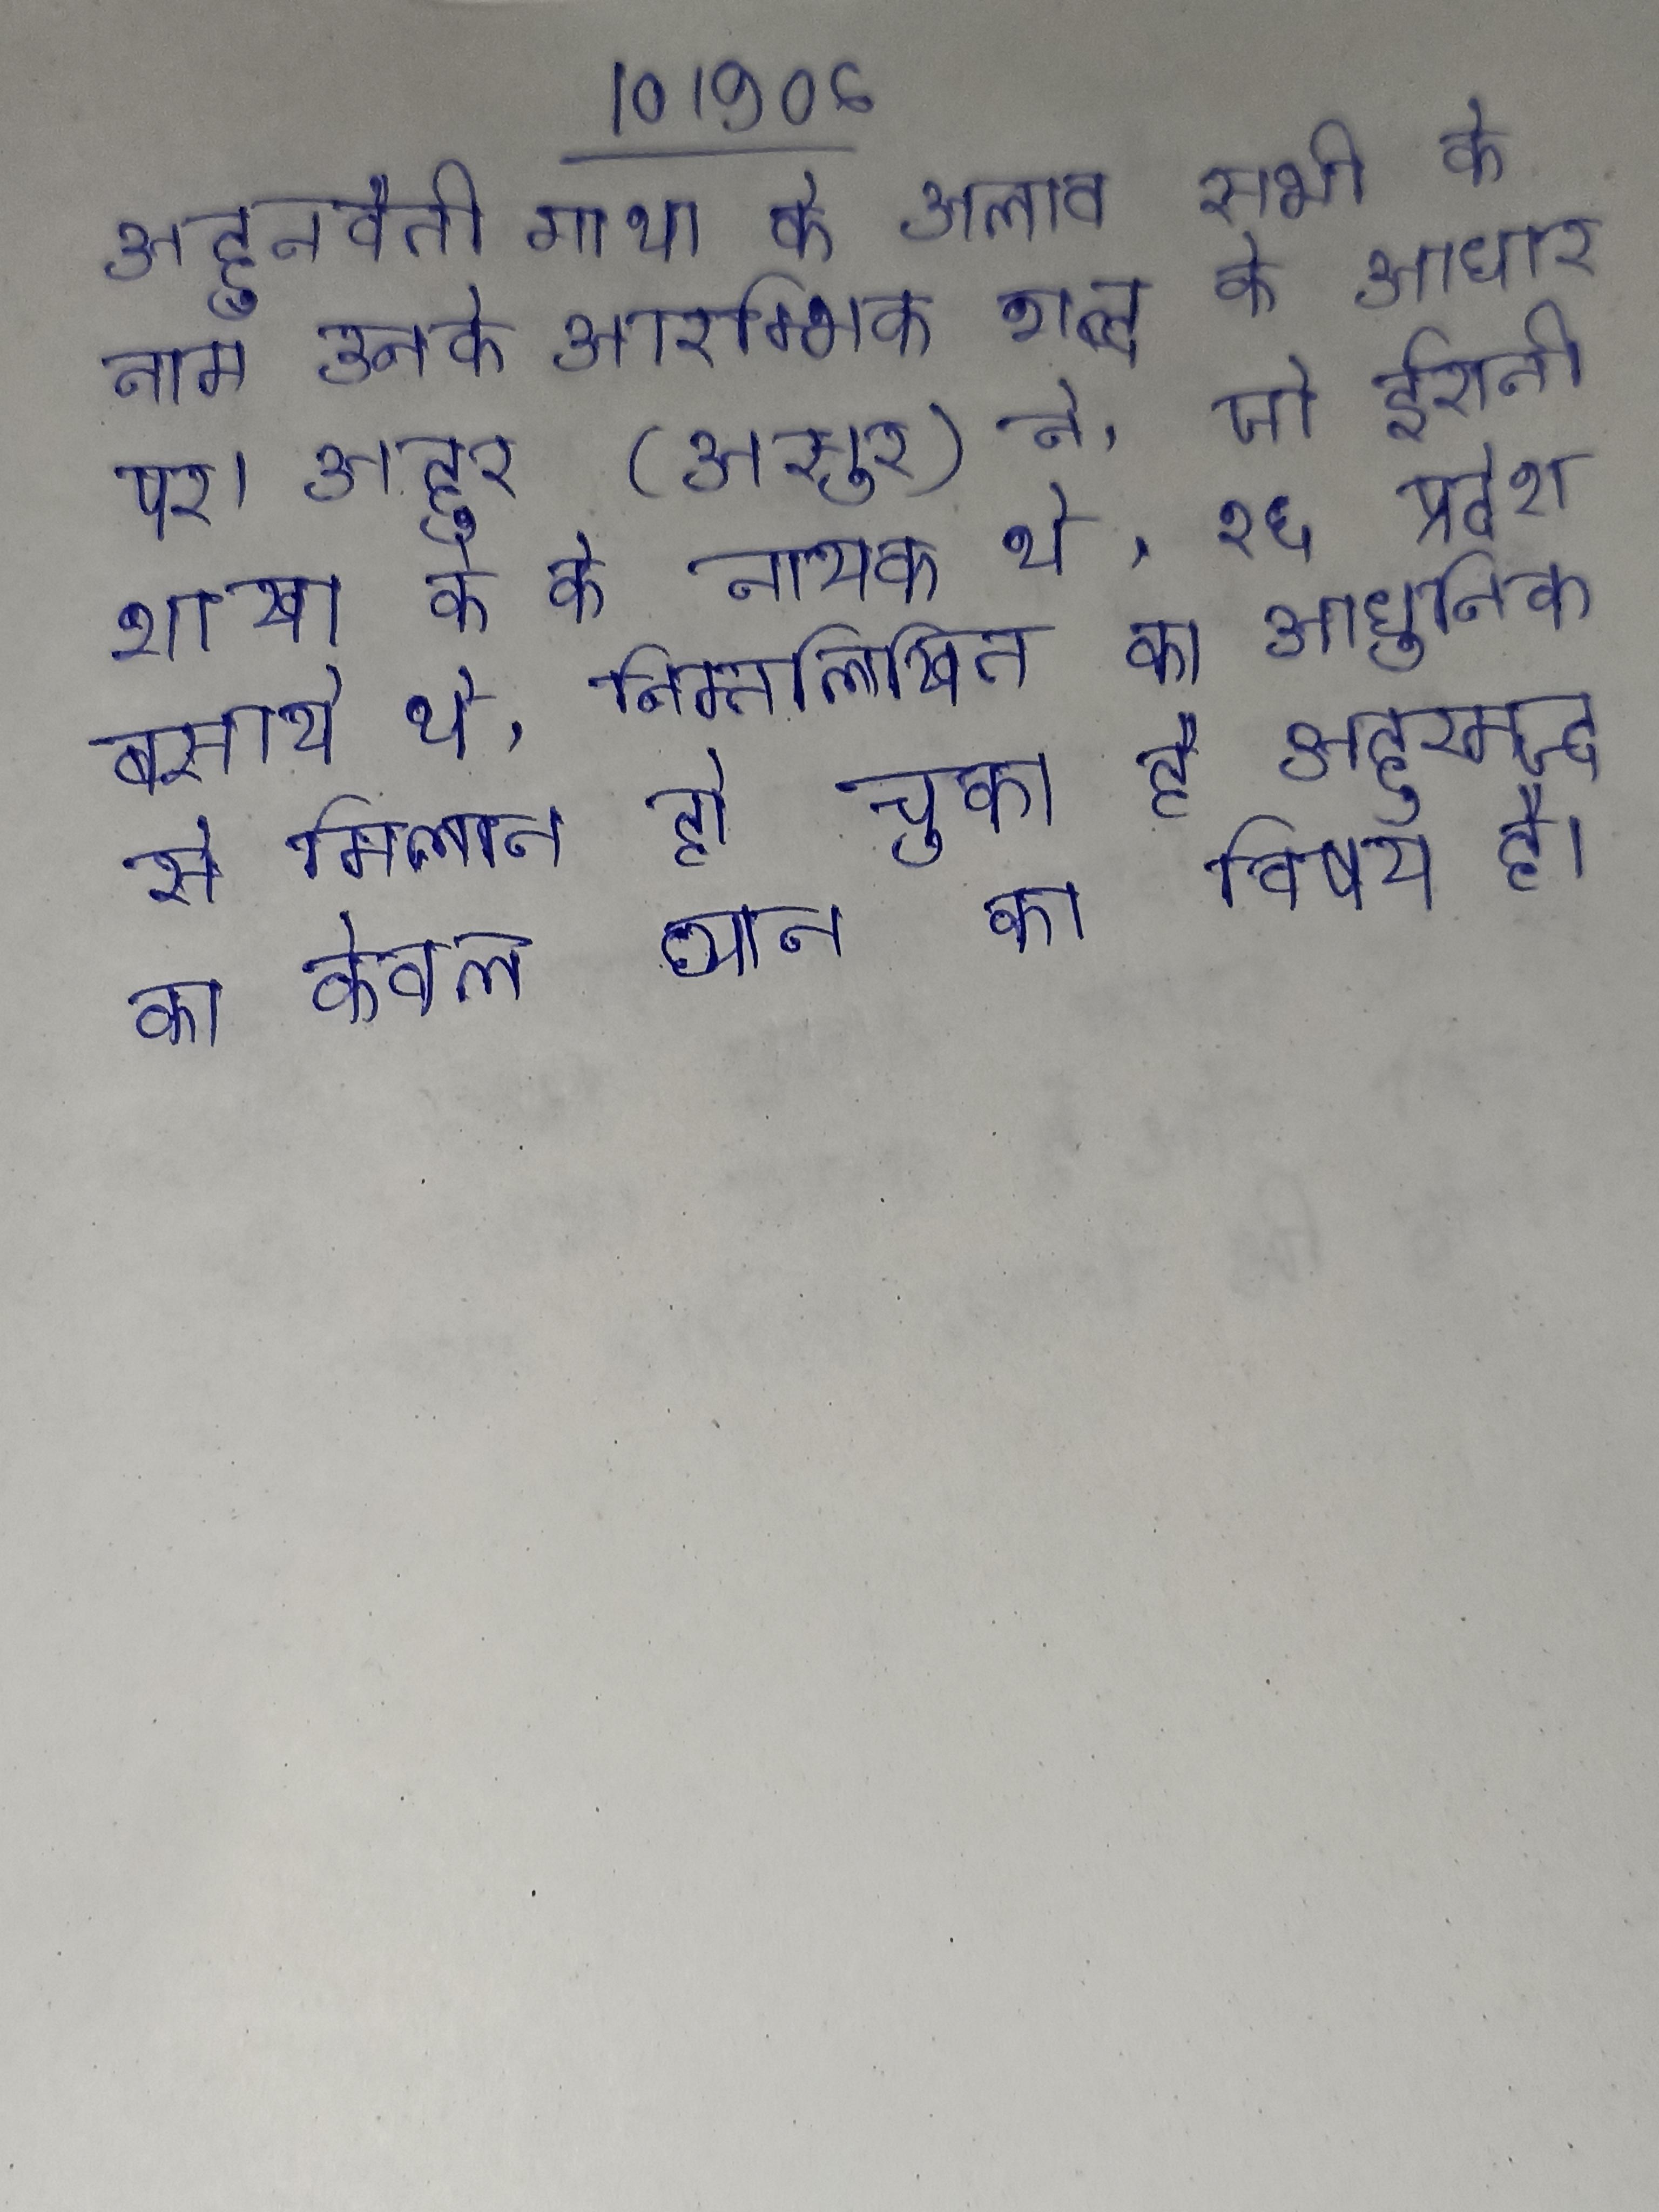
अहुनवैती गाथा के अलाव सभी के नाम उनके आरम्भिक शब्द के आधार पर । अहुर (असुर) ने, जो ईरानी शाखा के के नायक थे, १६ प्रदेश बसाये थे, निम्नलिखित का आधुनिक से मिलान हो चुका है अहुरमज्द का केवल ध्यान का विषय है ।